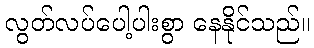
လွတ်လပ်ပေါ့ပါးစွာ နေနိုင်သည်။